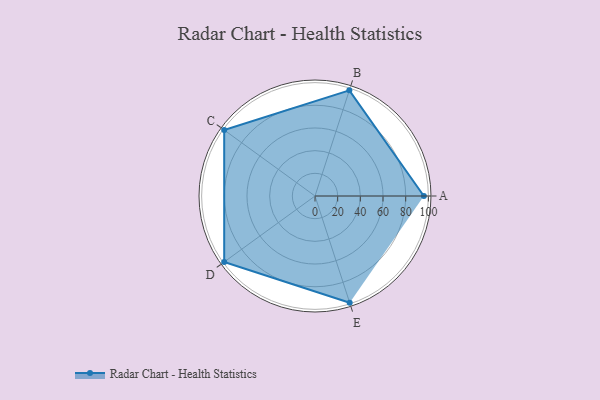
{"axis": {"x": "Skill", "y": "Score"}, "legend": ["Profile"], "data": [{"x": "A", "y": 96.0, "type": "Profile"}, {"x": "B", "y": 98.0, "type": "Profile"}, {"x": "C", "y": 99, "type": "Profile"}, {"x": "D", "y": 99, "type": "Profile"}, {"x": "E", "y": 99, "type": "Profile"}]}